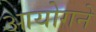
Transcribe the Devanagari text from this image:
आयोगने